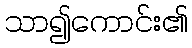
သာ၍ကောင်း၏